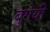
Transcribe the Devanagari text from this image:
बुगेयी